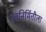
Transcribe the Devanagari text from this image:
नवनिर्मितीला